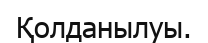
Қолданылуы.